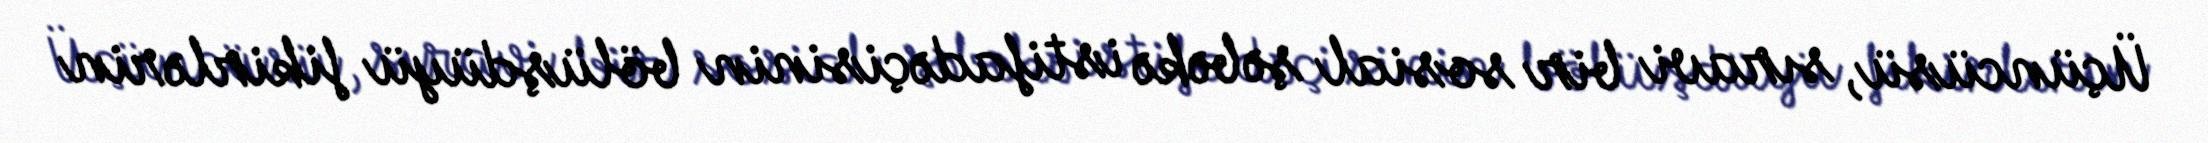
Üçüncüsü, sıravi bir sosial şəbəkə istifadəçisinin bölüşdüyü fikirlərin